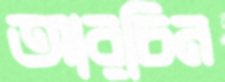
আরচিন